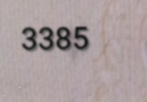
3385